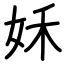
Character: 姀